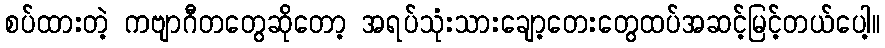
စပ်ထားတဲ့ ကဗျာဂီတတွေဆိုတော့ အရပ်သုံးသားချော့တေးတွေထပ်အဆင့်မြင့်တယ်ပေါ့။